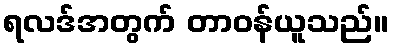
ရလဒ်အတွက် တာဝန်ယူသည်။